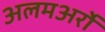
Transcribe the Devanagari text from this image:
अलमअर्रो